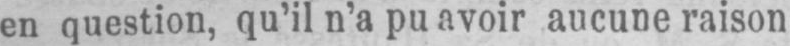
en question, qu’il n’a pu avoir aucune raison